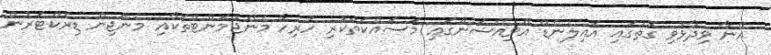
އޭނާ ވިދާޅުވި ގޮތުގައި އައިލެންޑް އޭވިއޭޝަންގައި މަސައްކަތްކުރި ހުރިހާ މެނޭޖުމަންޓްތަކާއި މެނޭޖިން ޑިރެކްޓަރުން